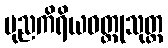
ပုညကိရိယဝတ္ထုသုတ္တ